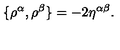
\{ \rho ^ { \alpha } , \rho ^ { \beta } \} = - 2 \eta ^ { \alpha \beta } .